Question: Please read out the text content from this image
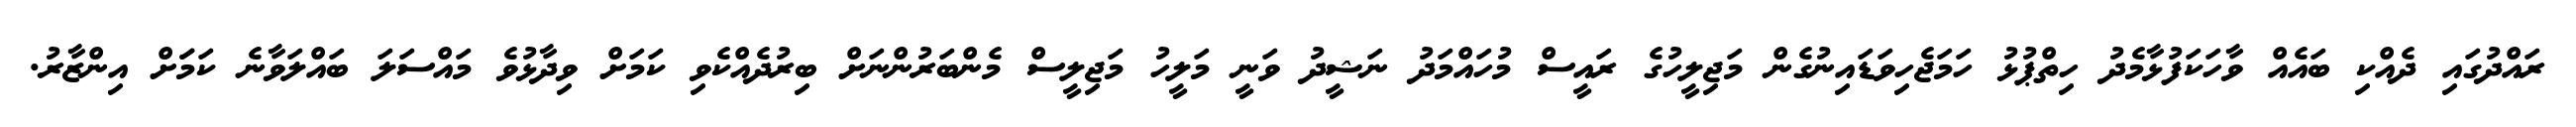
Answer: ރައްދުގައި ދެއްކި ބައެއް ވާހަކަފުޅާމެދު ހިތްޕުޅު ހަމަޖެހިވަޑައިނުގެން މަޖިލީހުގެ ރައީސް މުހައްމަދު ނަޝީދު ވަނީ މަލީހު މަޖިލީސް މެންބަރުންނަށް ބިރުދެއްކެވި ކަމަށް ވިދާޅުވެ މައްސަލަ ބައްލަވާނެ ކަމަަށް އިންޒާރު.